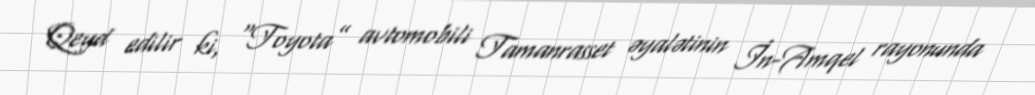
Qeyd edilir ki, “Toyota” avtomobili Tamanrasset əyalətinin İn-Amqel rayonunda